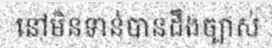
នៅមិនទាន់បានដឹងច្បាស់